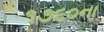
૧૭૬૦ના